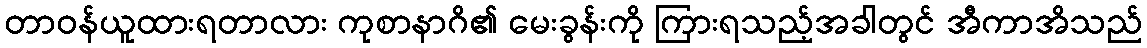
တာဝန်ယူထားရတာလား ကုစာနာဂိ၏ မေးခွန်းကို ကြားရသည့်အခါတွင် အီကာအိသည်